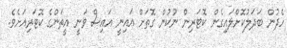
ހެދުން ބަދަލުކޮށްލައިގެން ކޮޓަރިން ނުކުން ގޮތަށް އައިނީ އައިސް ވަނީ އީތަންގެ ކޮޓަރިއަށެވެ.